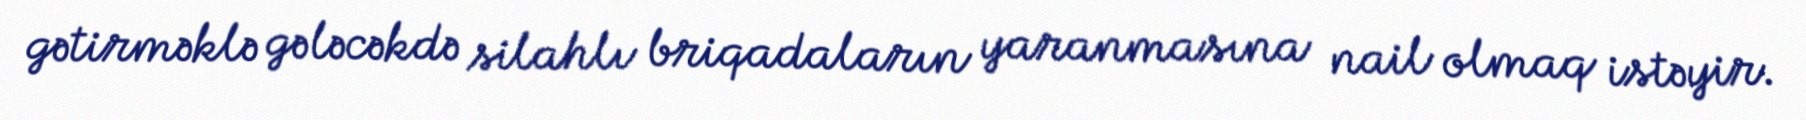
gətirməklə gələcəkdə silahlı briqadaların yaranmasına nail olmaq istəyir.